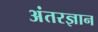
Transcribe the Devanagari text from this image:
अंतरज्ञान